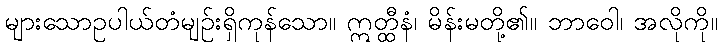
များသောဥပါယ်တံမျဉ်းရှိကုန်သော။ ဣတ္ထီနံ၊ မိန်းမတို့၏။ ဘာဝေါ၊ အလိုကို။